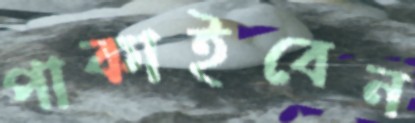
পাকাইবেন